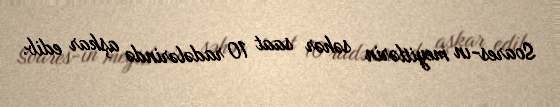
Soares-ın meyitlərin səhər saat 10 radələrində aşkar edib.